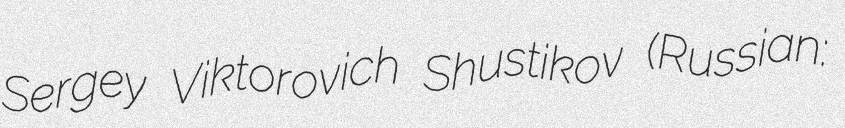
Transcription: Sergey Viktorovich Shustikov (Russian: